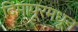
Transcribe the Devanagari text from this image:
दिमापूरमधून